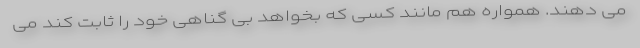
می دهند. همواره هم مانند کسی که بخواهد بی گناهی خود را ثابت کند می